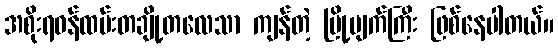
အစိုးရဝန်ထမ်းတချို့တလေသာ ကျန်တဲ့ မြို့ပျက်ကြီး ဖြစ်နေပါတယ်။